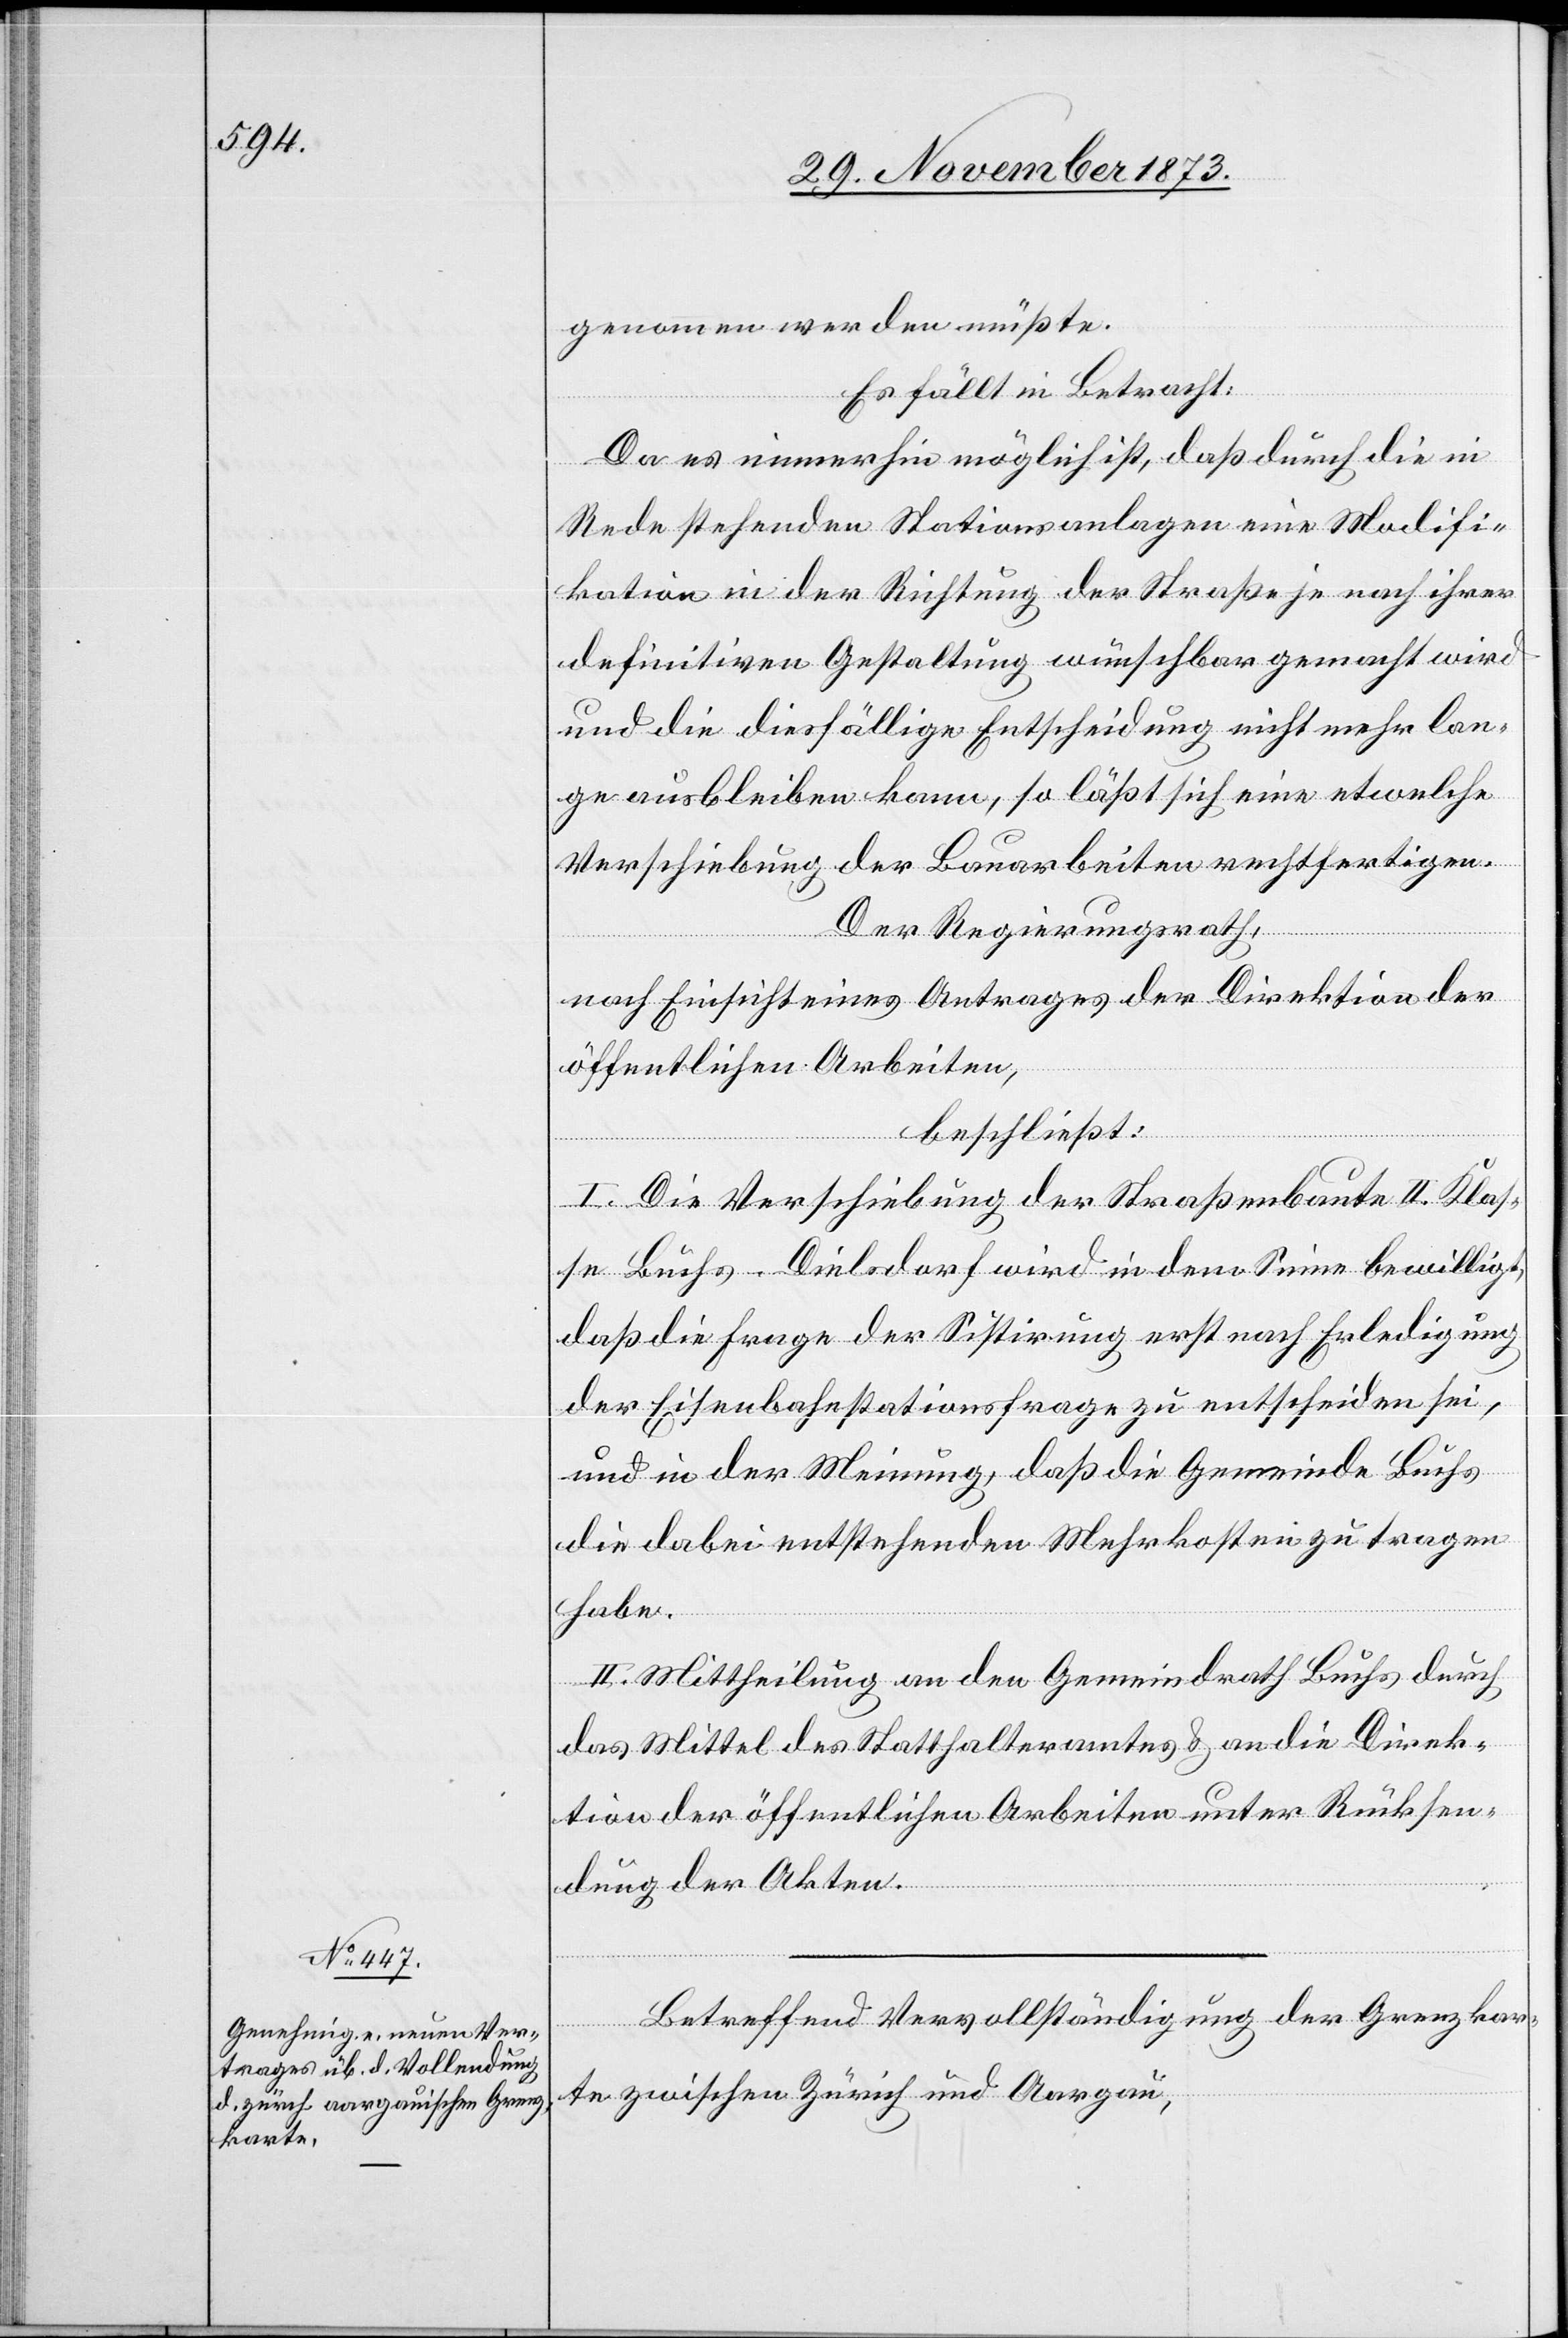
genommen werden müßte.
Es fällt in Betracht:
Da es immerhin möglich ist, daß durch die in
Rede stehenden Stationsanlagen eine Modifi¬
kation in der Richtung der Straße je nach ihrer
definitiven Gestaltung wünschbar gemacht wird
und die diesfällige Entscheidung nicht mehr lan¬
ge ausbleiben kann, so läßt sich eine etwelche
Verschiebung der Bauarbeiten rechtfertigen.
Der Regierungsrath,
nach Einsicht eines Antrages der Direktion der
öffentlichen Arbeiten,
beschließt:
I. Die Verschiebung der Straßenbaute II. Klas¬
se Buchs–Dielsdorf wird in dem Sinne bewilligt,
daß die Frage der Sistirung erst nach Erledigung
der Eisenbahnstationsfrage zu entscheiden sei,
und in der Meinung, daß die Gemeinde Buchs
die dabei entstehenden Mehrkosten zu tragen
habe.
II. Mittheilung an den Gemeindrath Buchs durch
das Mittel des Statthalteramtes & an die Direk¬
tion der öffentlichen Arbeiten unter Rücksen¬
dung der Akten.